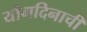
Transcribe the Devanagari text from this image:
योगदिनाची